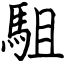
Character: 駔